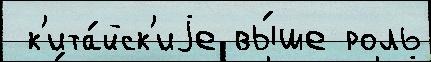
 к'ита́йск'иjе вы́ше роль